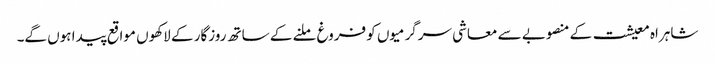
شاہراہ معیشت کے منصوبے سے معاشی سرگرمیوں کو فروغ ملنے کے ساتھ روزگار کے لاکھوں مواقع پیدا ہوں گے۔